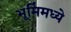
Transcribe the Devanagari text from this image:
भूमिंमध्ये